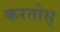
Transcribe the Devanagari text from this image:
करतोस्